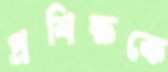
প্রশিক্ষকে